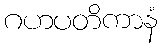
ဂဟပတိကာနံ